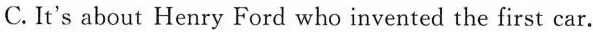
C. It's about Henry Ford who invented the first car.